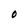
Character: O